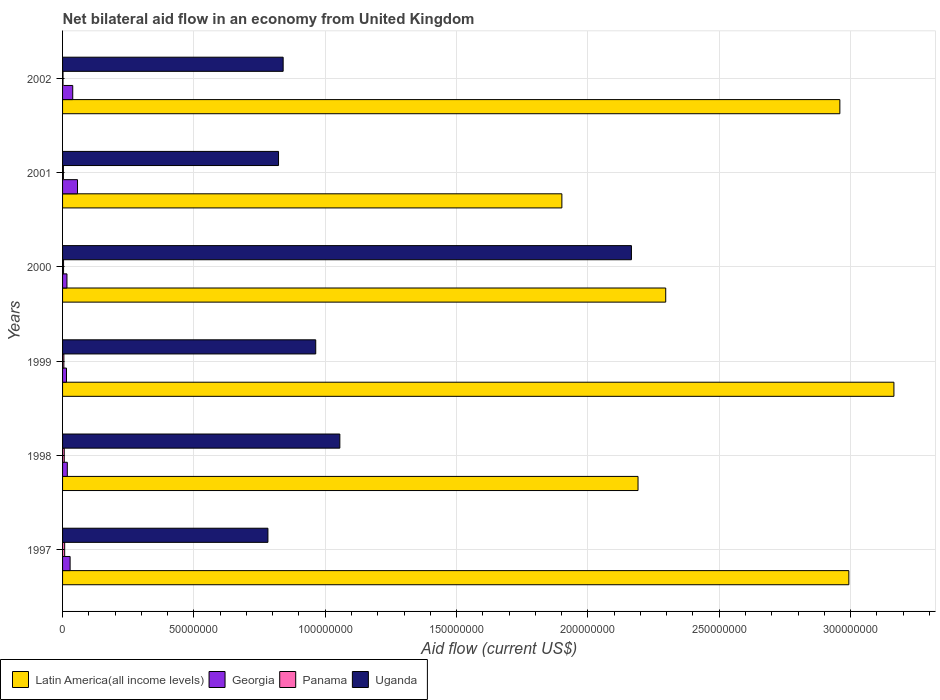
| Years | Latin America(all income levels) | Georgia | Panama | Uganda |
 | --- | --- | --- | --- | --- |
 | 1997 | 2.99e+08 | 2.87e+06 | 8e+05 | 7.82e+07 |
 | 1998 | 2.19e+08 | 1.81e+06 | 6.4e+05 | 1.06e+08 |
 | 1999 | 3.16e+08 | 1.5e+06 | 5e+05 | 9.64e+07 |
 | 2000 | 2.3e+08 | 1.67e+06 | 3.8e+05 | 2.17e+08 |
 | 2001 | 1.9e+08 | 5.69e+06 | 3.2e+05 | 8.22e+07 |
 | 2002 | 2.96e+08 | 3.87e+06 | 1.8e+05 | 8.4e+07 |